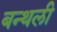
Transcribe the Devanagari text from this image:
बन्थली